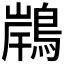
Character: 𪂢